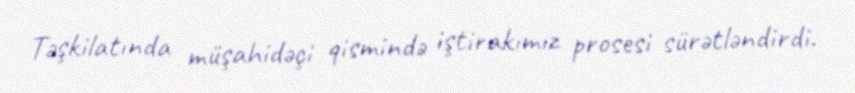
Təşkilatında müşahidəçi qismində iştirakımız prosesi sürətləndirdi.